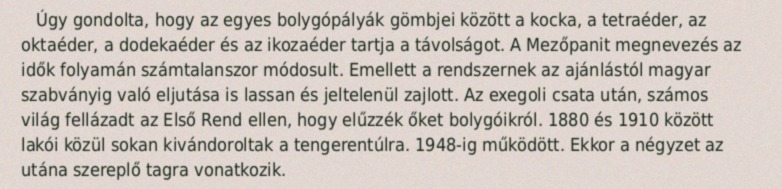
Úgy gondolta, hogy az egyes bolygópályák gömbjei között a kocka, a tetraéder, az oktaéder, a dodekaéder és az ikozaéder tartja a távolságot. A Mezőpanit megnevezés az idők folyamán számtalanszor módosult. Emellett a rendszernek az ajánlástól magyar szabványig való eljutása is lassan és jeltelenül zajlott. Az exegoli csata után, számos világ fellázadt az Első Rend ellen, hogy elűzzék őket bolygóikról. 1880 és 1910 között lakói közül sokan kivándoroltak a tengerentúlra. 1948-ig működött. Ekkor a négyzet az utána szereplő tagra vonatkozik.